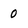
Character: 0